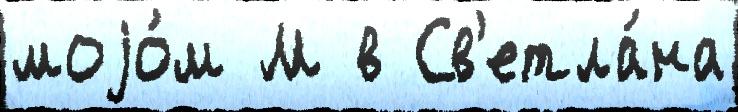
моjо́м М в Св'етла́на